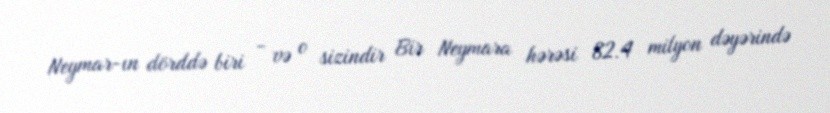
Neymar-ın dörddə biri - və o sizindir Bir Neymara hərəsi 82.4 milyon dəyərində